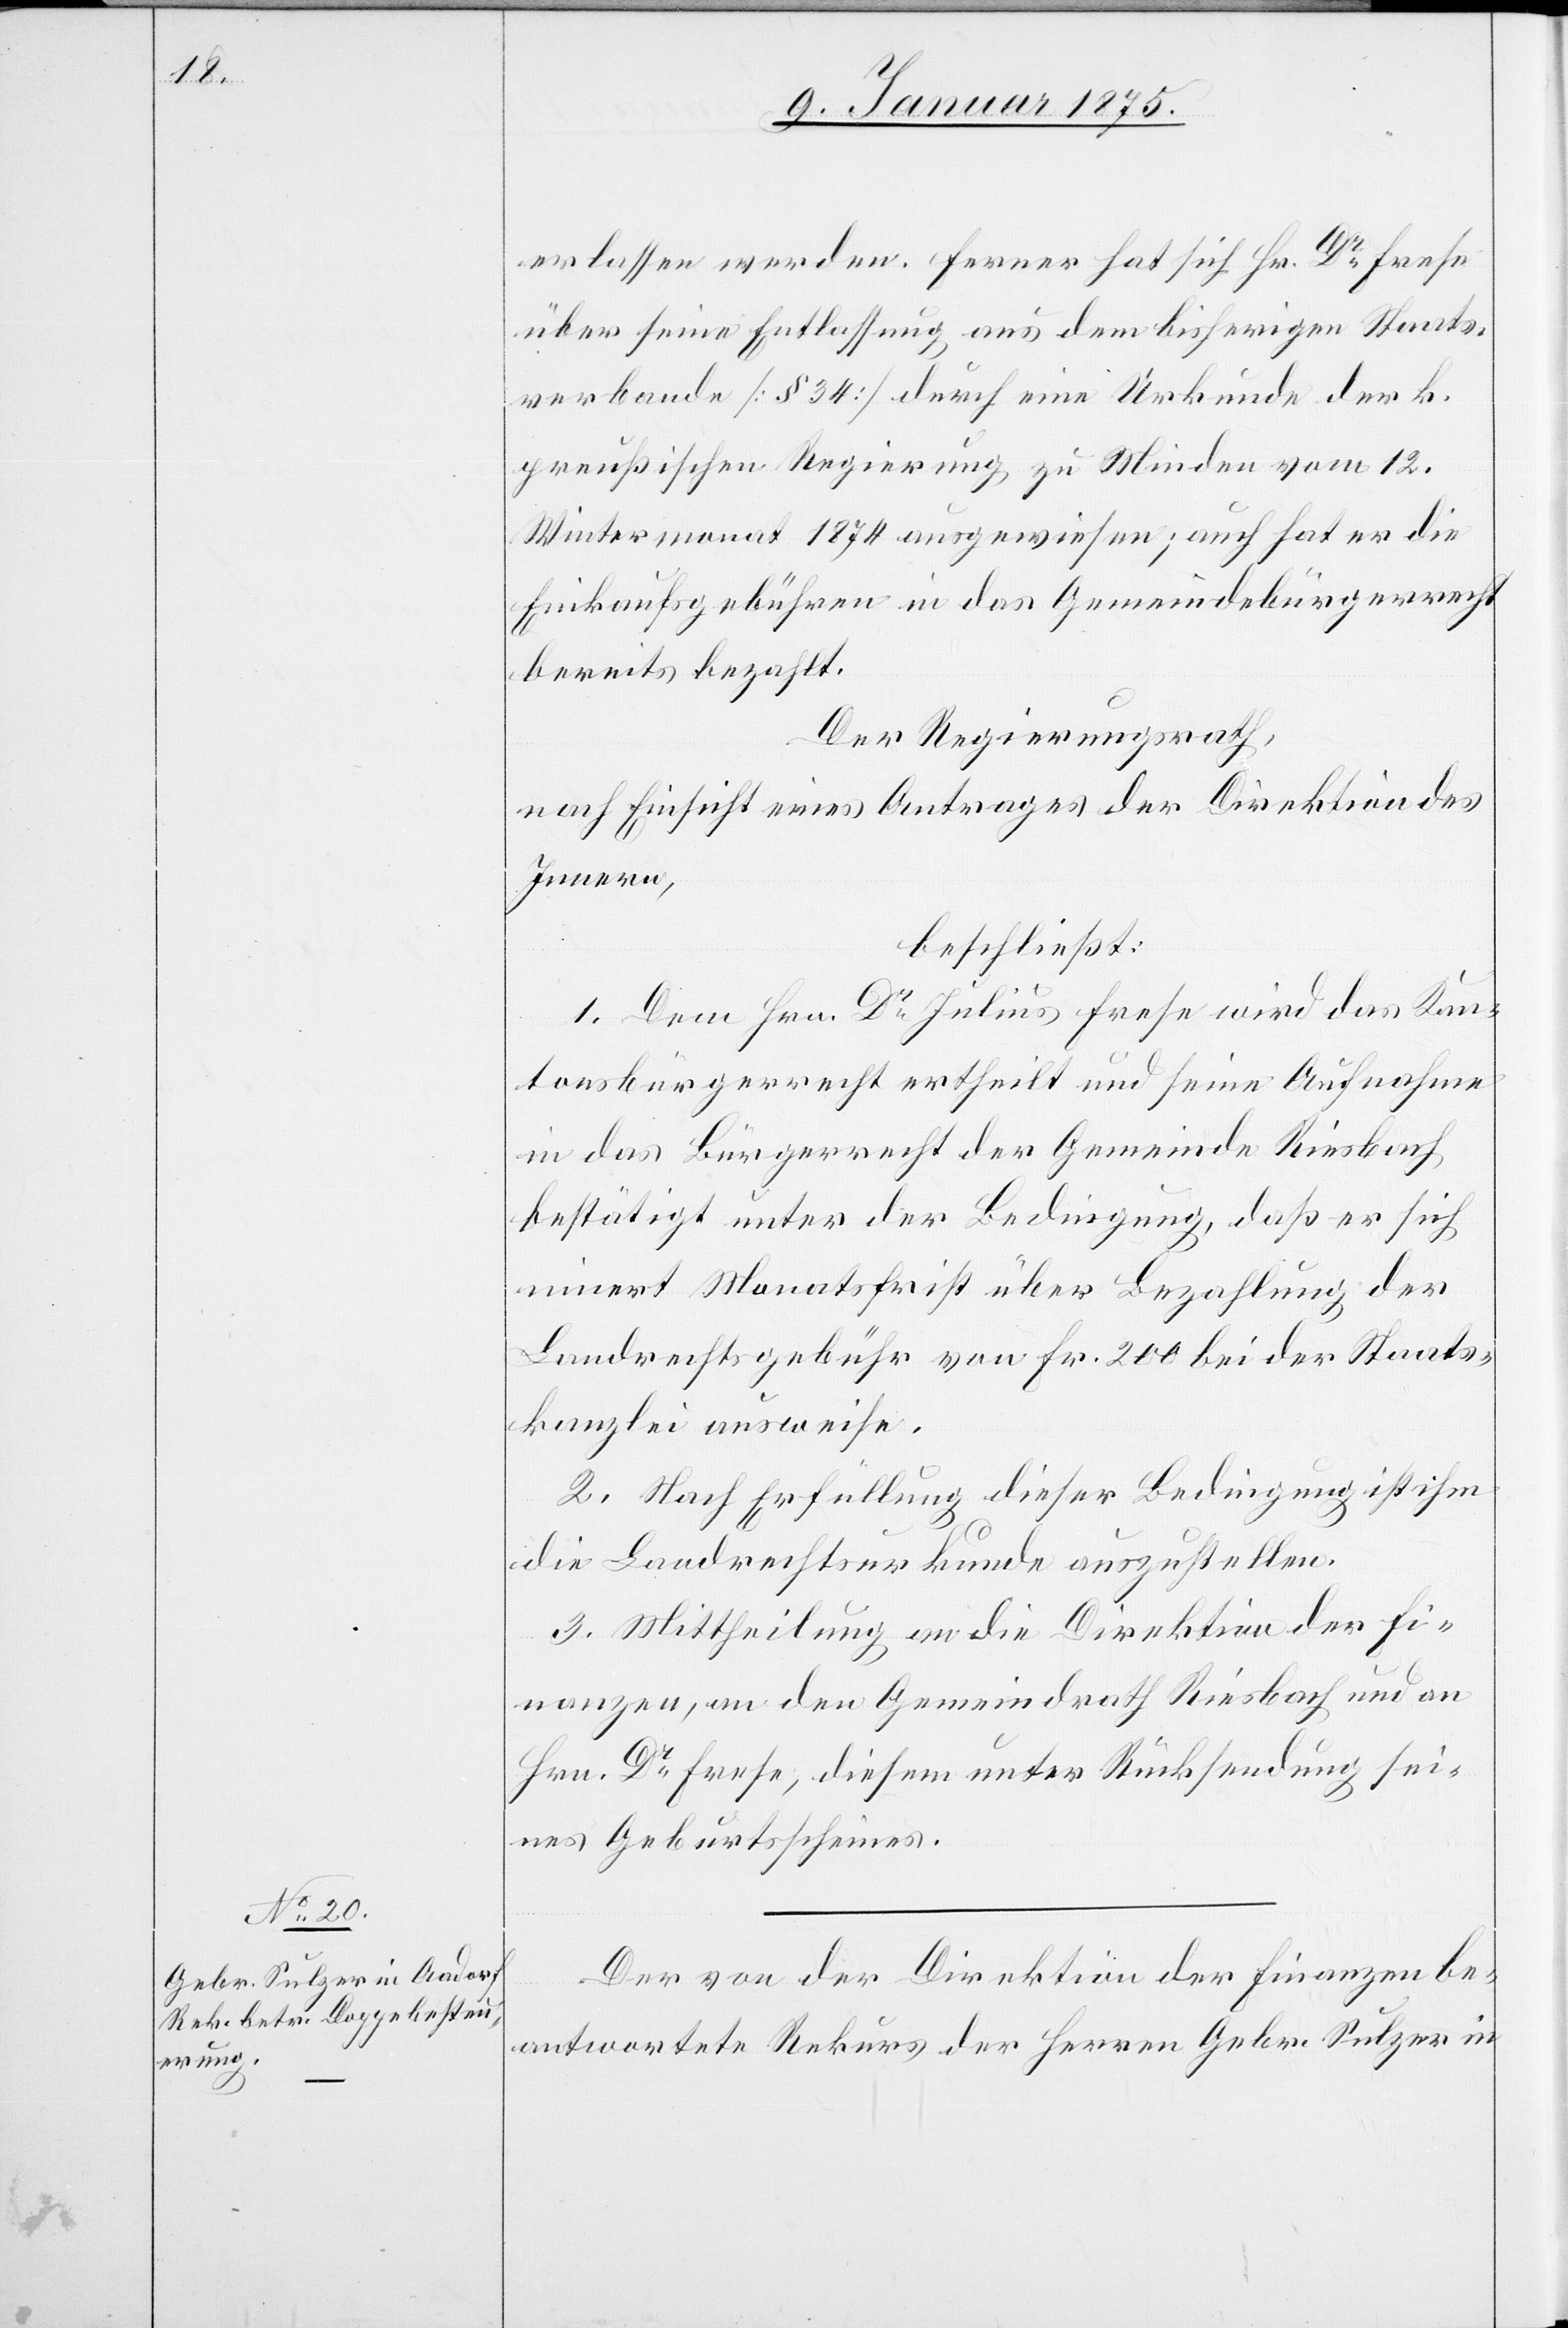
erlassen werden. Ferner hat sich Hr. Dr Frese
über seine Entlassung aus dem bisherigen Staats¬
verbande (§ 34) durch eine Urkunde der k.
preußischen Regierung zu Minden vom 12.
Wintermonat 1874 ausgewiesen; auch hat er die
Einkaufsgebühren in das Gemeindebürgerrecht
bereits bezahlt.
Der Regierungsrath,
nach Einsicht eines Antrages der Direktion des
Innern,
beschließt:
1. Dem Hrn. Dr Julius Frese wird das Kan¬
tonsbürgerrecht ertheilt und seine Aufnahme
in das Bürgerrecht der Gemeinde Riesbach
bestätigt unter der Bedingung, daß er sich
innert Monatsfrist über Bezahlung der
Landrechtsgebühr von Fr. 200 bei der Staats¬
kanzlei ausweise.
2. Nach Erfüllung dieser Bedingung ist ihm
die Landrechtsurkunde auszustellen.
3. Mittheilung an die Direktion der Fi¬
nanzen, an den Gemeindrath Riesbach und an
Hrn. Dr Frese, diesem unter Rücksendung sei¬
nes Geburtsscheines.
Der von der Direktion der Finanzen be¬
antwortete Rekurs der Herren Gebr. Sulzer in